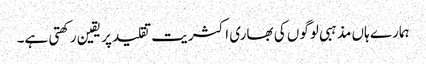
ہمارے ہاں مذہبی لوگوں کی بھاری اکثریت تقلید پر یقین رکھتی ہے۔